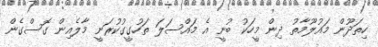
ހިތަދޫން މައުލޫމާތު ދިން މީހަކު ބުނީ އެ މައްސަލަ ތަހުގީގުކުރަނީ މާލެއިން ގޮސްގެން